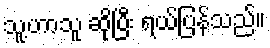
သူ့ဟာသူ ဆိုပြီး ရယ်ပြန်သည်။